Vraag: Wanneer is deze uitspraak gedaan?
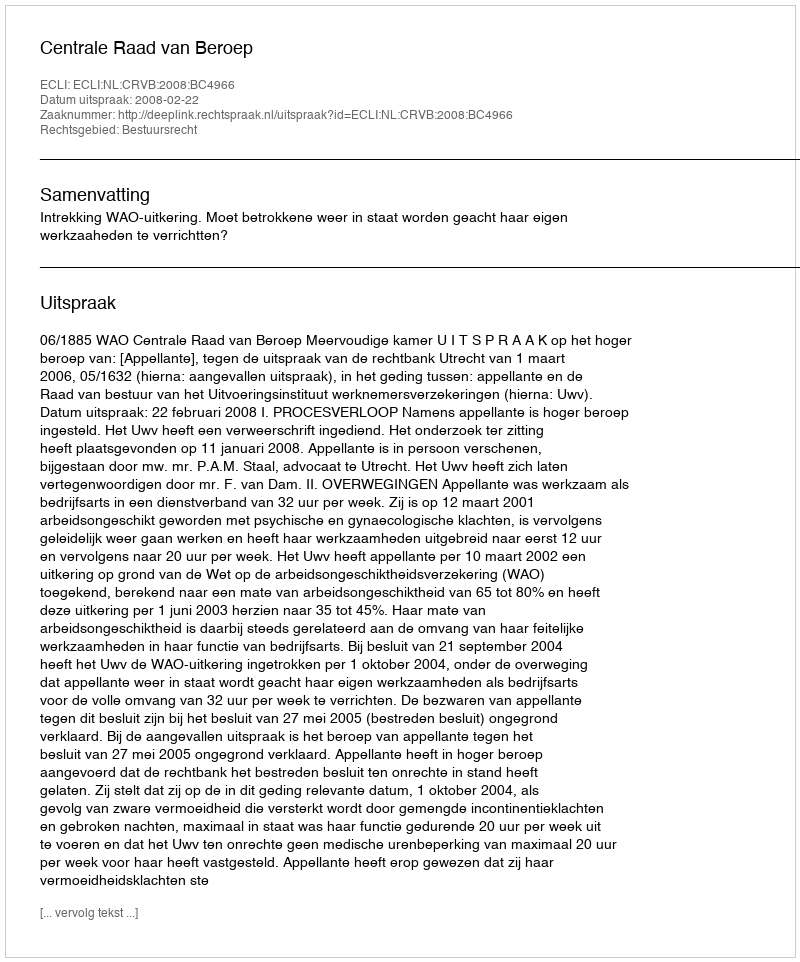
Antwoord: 2008-02-22